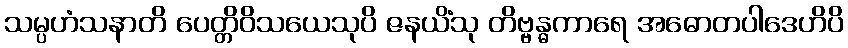
သမ္ပဟံသနာတိ ပေတ္တိဝိသယေသုပိ ဇနယိံသု တိဗ္ဗန္ဓကာရေ အဓောတပါဒေဟိပိ